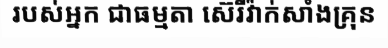
របស់អ្នក ជាធម្មតា ស៊េរីវ៉ាក់សាំងគ្រុន